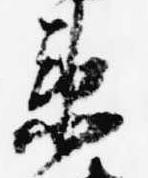
衛